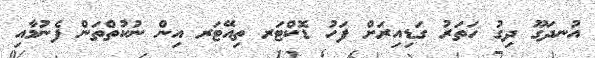
އުނދަގޫ ދިގު ހަތަރު ގަޑިއިރަށް ފަހު ޑޮކްޓަރ ތިއޭޓަރ އިން ނުކުތްތަން ފެނުމާއި